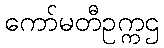
ကော်မတီဥက္ကဌ